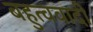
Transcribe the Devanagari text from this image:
बहुत्ववादी